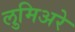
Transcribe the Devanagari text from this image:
लुमिअरे